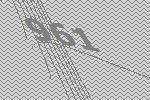
961